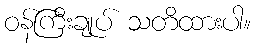
ဝန်ကြီးချုပ် သတိထားပါ။